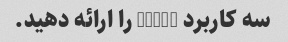
سه کاربرد GPT-3 را ارائه دهید.